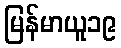
မြန်မာယူ၁၉